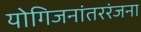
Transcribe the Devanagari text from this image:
योगिजनांतररंजना